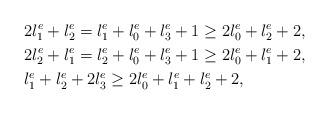
LaTeX: \begin{align*}& 2 l_{1}^{e} + l_{2}^{e} = l_{1}^{e} + l_{0}^{e} + l_{3}^{e} +1 \geq2l_{0}^{e} + l_{2}^{e} +2,\\& 2 l_{2}^{e} + l_{1}^{e} = l_{2}^{e} + l_{0}^{e} + l_{3}^{e} +1 \geq2l_{0}^{e} + l_{1}^{e} +2, \\& l_{1}^{e} + l_{2}^{e} +2 l_{3}^{e} \geq2 l_{0}^{e} + l_{1}^{e} + l_{2}^{e}+2 ,\end{align*}